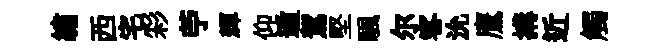
繡西宅彩苧輝仰遁駕堅颿尔客沇鷹搆近觸